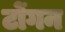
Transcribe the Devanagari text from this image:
टोंगन